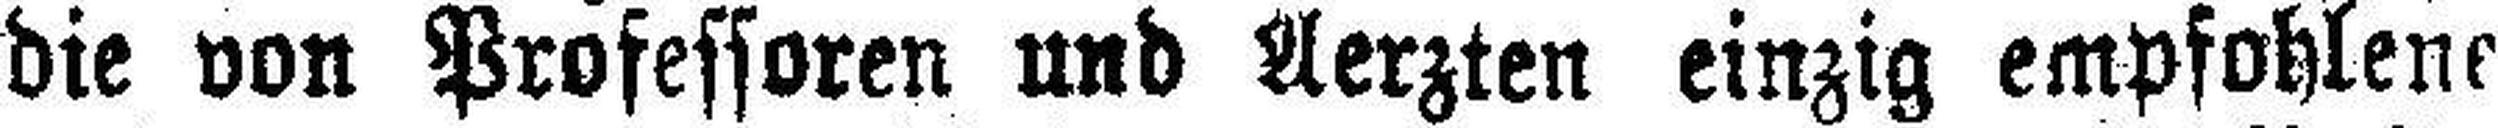
die von Professoren und Aerzten einzig empfohlene